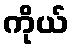
ကိုယ်